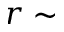
r \sim